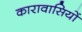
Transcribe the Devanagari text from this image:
कारावासियों